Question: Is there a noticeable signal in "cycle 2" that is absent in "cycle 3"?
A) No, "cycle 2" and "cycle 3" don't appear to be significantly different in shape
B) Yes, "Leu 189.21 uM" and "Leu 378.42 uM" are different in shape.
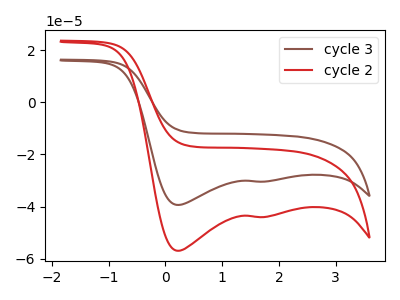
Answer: <think>The brown curve "cycle 3" has cathodic peaks at (0.20V, -39.35uA) (1.75V, -30.40uA). The red curve "cycle 2" has cathodic peaks at (0.20V, -56.90uA) (1.75V, -43.95uA).
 All the peaks in "cycle 2" have a peak in "cycle 3" at the same potential. Every peak in "cycle 2" is higher than every peak in "cycle 3".</think>
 <answer>A) No, "cycle 2" and "cycle 3" don't appear to be significantly different in shape</answer>
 <eval>A</eval>